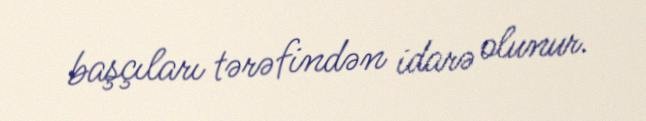
başçıları tərəfindən idarə olunur.